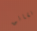
نقانق